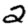
Digit: 2